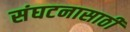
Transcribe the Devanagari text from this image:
संघटनासाठी